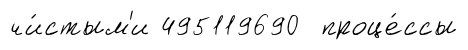
чи́стым'и 495119690 проце́ссы